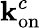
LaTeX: \mathbf{k}_{\mathrm{{on}}}^{c}